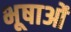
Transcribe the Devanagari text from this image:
भूषाओं